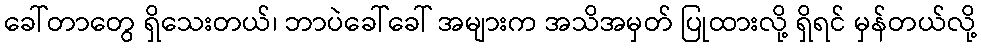
ခေါ်တာတွေ ရှိသေးတယ်၊ ဘာပဲခေါ်ခေါ် အများက အသိအမှတ် ပြုထားလို့ ရှိရင် မှန်တယ်လို့